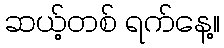
ဆယ့်တစ် ရက်နေ့။